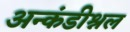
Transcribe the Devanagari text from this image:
अन्कंडीश्नल